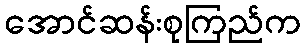
အောင်ဆန်းစုကြည်က